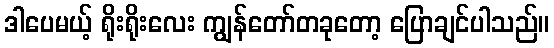
ဒါပေမယ့် ရိုးရိုးလေး ကျွန်တော်တခုတော့ ပြောချင်ပါသည်။